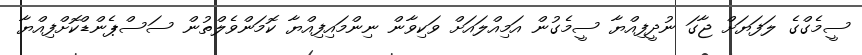
ސީމެގްގެ ލަފަޔަށް ޖާގަ ނުދީފިއްޔާ ސީމެގުން އަމިއްލައަށް ވަކިވާން ނިންމައިފިއްޔާ ކޮމަންވެލްތުން ސަސްޕެންޑްކޮށްފިއްޔާ